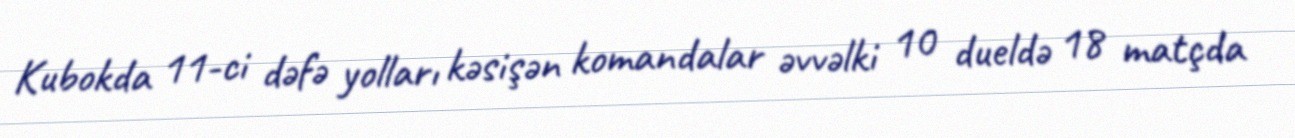
Kubokda 11-ci dəfə yolları kəsişən komandalar əvvəlki 10 dueldə 18 matçda